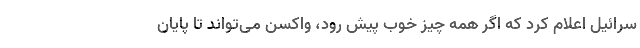
سرائیل اعلام کرد که اگر همه چیز خوب پیش رود، واکسن می‌تواند تا پایان